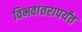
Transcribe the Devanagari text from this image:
विभवांतरापर्यंत